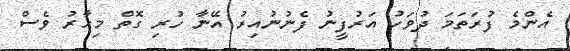
އެންމެ ފުރަތަމަ ދުވަހު އަރުފީނު ފެނުނުއިރު އޭނާ ހުރި ގޮތް މިހާރު ވެސް